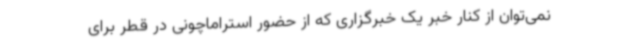
نمی‌توان از کنار خبر یک خبرگزاری که از حضور استراماچونی در قطر برای